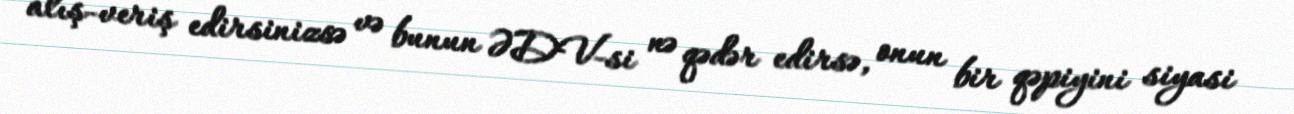
alış-veriş edirsinizsə və bunun ƏDV-si nə qədər edirsə, onun bir qəpiyini siyasi